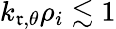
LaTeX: k_{\mathfrak{r},\theta}\rho_{i}\lesssim1